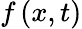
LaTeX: f\left(x,t\right)